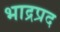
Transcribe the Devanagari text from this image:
भाद्रप्रद